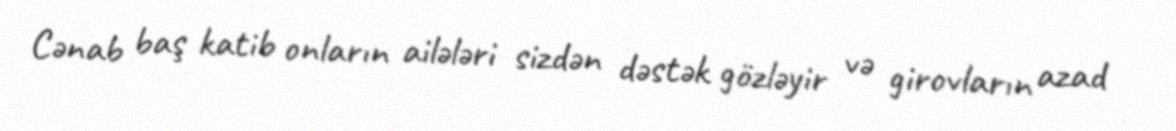
Cənab baş katib onların ailələri sizdən dəstək gözləyir və girovların azad